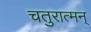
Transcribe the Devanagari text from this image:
चतुरात्मन्